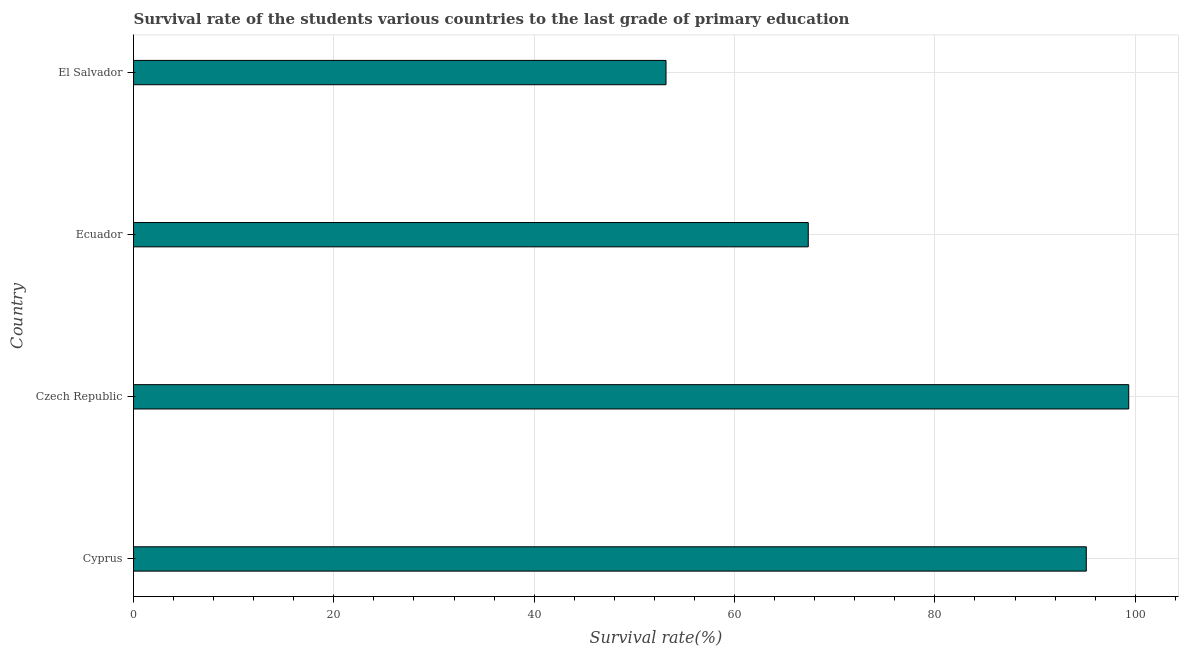
| Country | Primary Education |
 | --- | --- |
 | Cyprus | 95.1 |
 | Czech Republic | 99.4 |
 | Ecuador | 67.4 |
 | El Salvador | 53.2 |